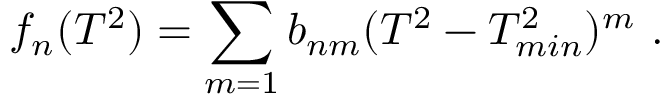
f _ { n } ( T ^ { 2 } ) = \sum _ { m = 1 } b _ { n m } ( T ^ { 2 } - T _ { m i n } ^ { 2 } ) ^ { m } \ .